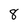
Character: 8